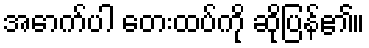
အောက်ပါ တေးထပ်ကို ဆိုပြန်၏။